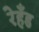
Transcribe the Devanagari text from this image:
रेहँड